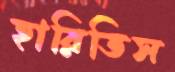
হারিতিস